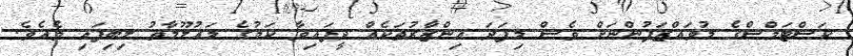
ކަސްޓަމްސްގެ މުވައްޒަފުންނަށް ވެސް މިފަދަ އިންޒާރުތަކެއް ދީފައިވާ ކަމުގެ މައުލޫމާތު ލިބިފައި ވެއެވެ.